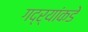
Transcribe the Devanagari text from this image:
गद्र्‍यांकडे